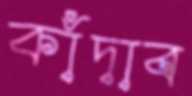
কাঁদাব